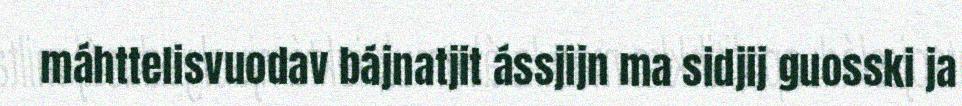
máhttelisvuodav bájnatjit ássjijn ma sidjij guosski ja